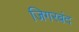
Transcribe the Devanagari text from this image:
जिगरबंद